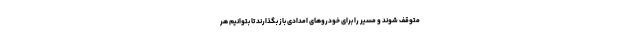
متوقف شوند و مسیر را برای خودروهای امدادی باز بگذارند تا بتوانیم هر